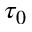
\tau _ { 0 }